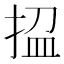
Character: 𢭚